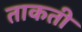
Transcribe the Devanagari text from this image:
ताकती